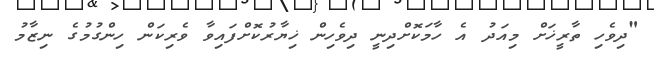
"ދިވެހި ތާރީޚަށް މިއަދު އެ ހާމަކޮށްދިނީ ދިވެހިން ޚިޔާރުކޮށްފައިވާ ވެރިކަން ހިންގުމުގެ ނިޒާމު